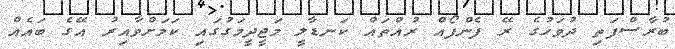
ބުރާސްފަތި ދުވަހުގެ ރޭ ފެންފޯއް ރުއްތައް ކަނޑާލީ މަޖީދީމަގުގައި ކަމަށްވާއިރު އޭގެ ބައެއް